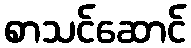
စာသင်ဆောင်